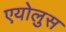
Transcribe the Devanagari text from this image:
एयोलुस